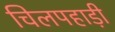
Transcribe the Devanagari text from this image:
चिलपहाड़ी